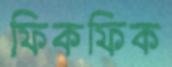
ফিকফিক